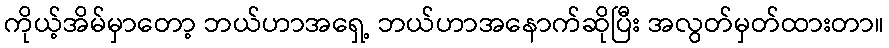
ကိုယ့်အိမ်မှာတော့ ဘယ်ဟာအရှေ့ ဘယ်ဟာအနောက်ဆိုပြီး အလွတ်မှတ်ထားတာ။